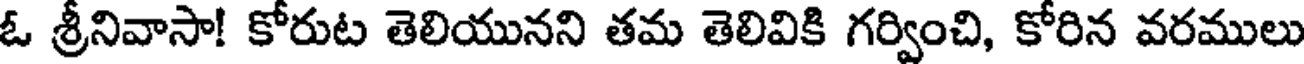
ఓ శ్రీనివాసా! కోరుట తెలియునని తమ తెలివికి గర్వించి, కోరిన వరములు